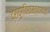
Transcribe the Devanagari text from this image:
द्रायुगतिशास्त्रामध्ये